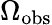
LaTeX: \Omega_{\mathrm{obs}}